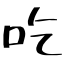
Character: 吃